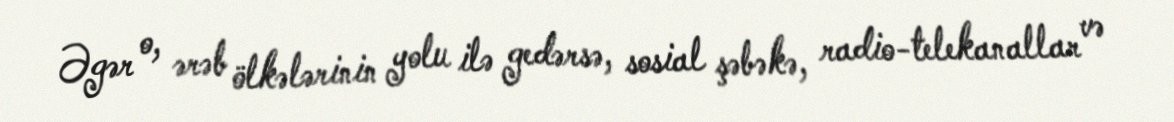
Əgər o, ərəb ölkələrinin yolu ilə gedərsə, sosial şəbəkə, radio-telekanallar və